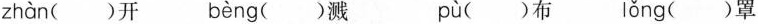
zhàn ()开 bèng ()溅 pù ()布 lǒng ()罩